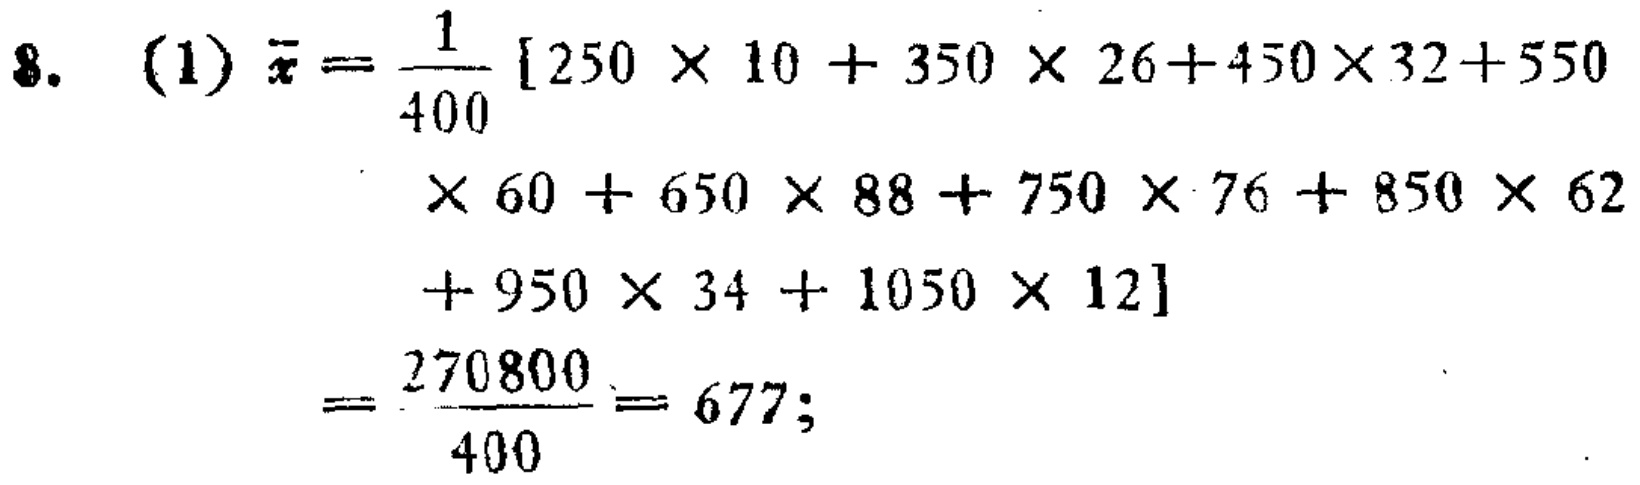
\[

\begin{align*}

\overline{x}&=\frac{1}{400}[250\times10 + 350\times26+450\times32+550\times60 + 650\times88 + 750\times76 + 850\times62+950\times34 + 1050\times12]\\

&=\frac{270800}{400}= 677;

\end{align*}

\]